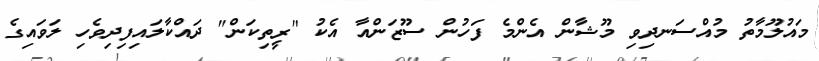
މައުލޫމާތު މުއްސަނދިވި މޫޝާން އެންމެ ފަހުން ސޫޒަންއާ އެކު "ރީތިކަން" ދައްކާލައިފިދިވެހި ލަވައިގެ